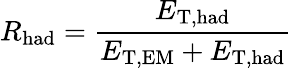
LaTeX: R_{\mathrm{had}}=\frac{E_{\mathrm{T,had}}}{E_{\mathrm{T,EM}}+E_{\mathrm{T,had}}}